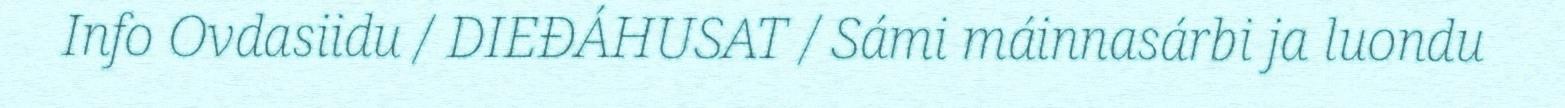
Info Ovdasiidu / DIEĐÁHUSAT / Sámi máinnasárbi ja luondu